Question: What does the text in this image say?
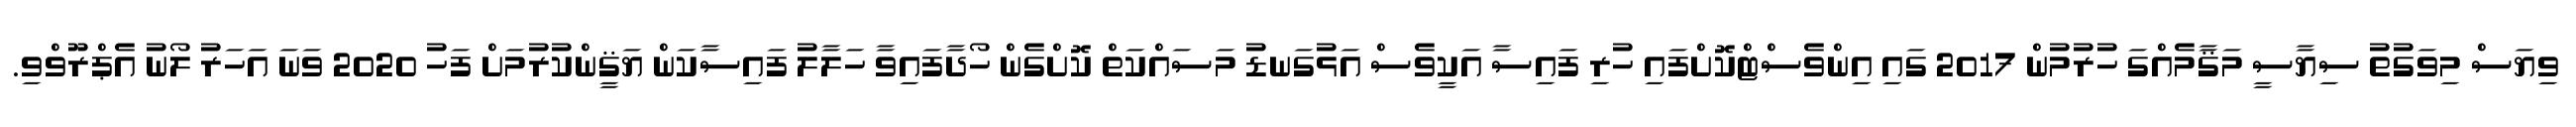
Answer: ވިޔަސް މިވަގުތު ސިޔާސީ މަޤާމެއްގަ ހުރުމުން 2017 ގައި އިންވެސްޓްކޮށްފައި ހުރި ފައިސާ އަކީވެސް އަޅުގަނޑު މަސައްކަތް ކޮށްގެން ހޯދާފައިވާ ހަލާލު ފައިސާކަން ޔަޤީންކުރުމަށް ފަހު 2020 ވަނަ އަހަރު ލޯނު އެޕްރޫވްވި.